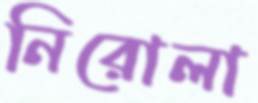
নিরোলা